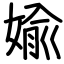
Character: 婾